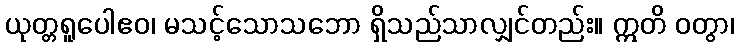
ယုတ္တရူပေါဧဝ၊ မသင့်သောသဘော ရှိသည်သာလျှင်တည်း။ ဣတိ ဝတွာ၊